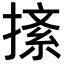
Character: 𢱨